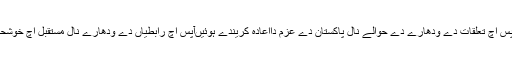
وزیرخارجہ اسلامی تعاون تنظیم دے رکن ملکاں دے نال آپس اچ تعلقات دے ودھارے دے حوالے نال پاکستان دے عزم دااعادہ کریندے ہوئیںآپس اچ رابطیاں دے ودھارے نال مستقبل اچ خوشحالی اتے امن وامان دے نظریے کوں ودھارا ونج جا سگدے۔